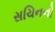
સચિનનો